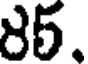
85.